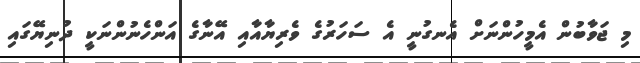
މި ޖަވާބުން އެމީހުންނަށް އެނގުނީ އެ ސަހަރުގެ ވެރިޔާއާއި އޭނާގެ އަންހެނުންނަކީ ދުނިޔޭގައި